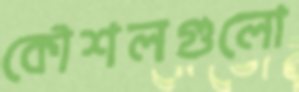
কৌশলগুলো